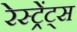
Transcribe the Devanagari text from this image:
रेस्ट्रेंट्स